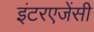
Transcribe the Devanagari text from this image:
इंटरएजेंसी